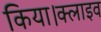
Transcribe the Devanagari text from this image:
किया।क्लाइव